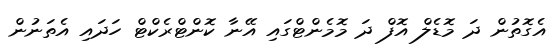
އެގޮތުން ދަ މޮޑެލް އޮފް ދަ މޮމެންޓްގައި އޭނާ ކޮންޓްރެކްޓް ހަދައި އެތަނުން